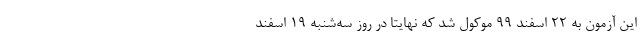
این آزمون به ۲۲ اسفند ۹۹ موکول شد که نهایتاً در روز سه‌شنبه ۱۹ اسفند